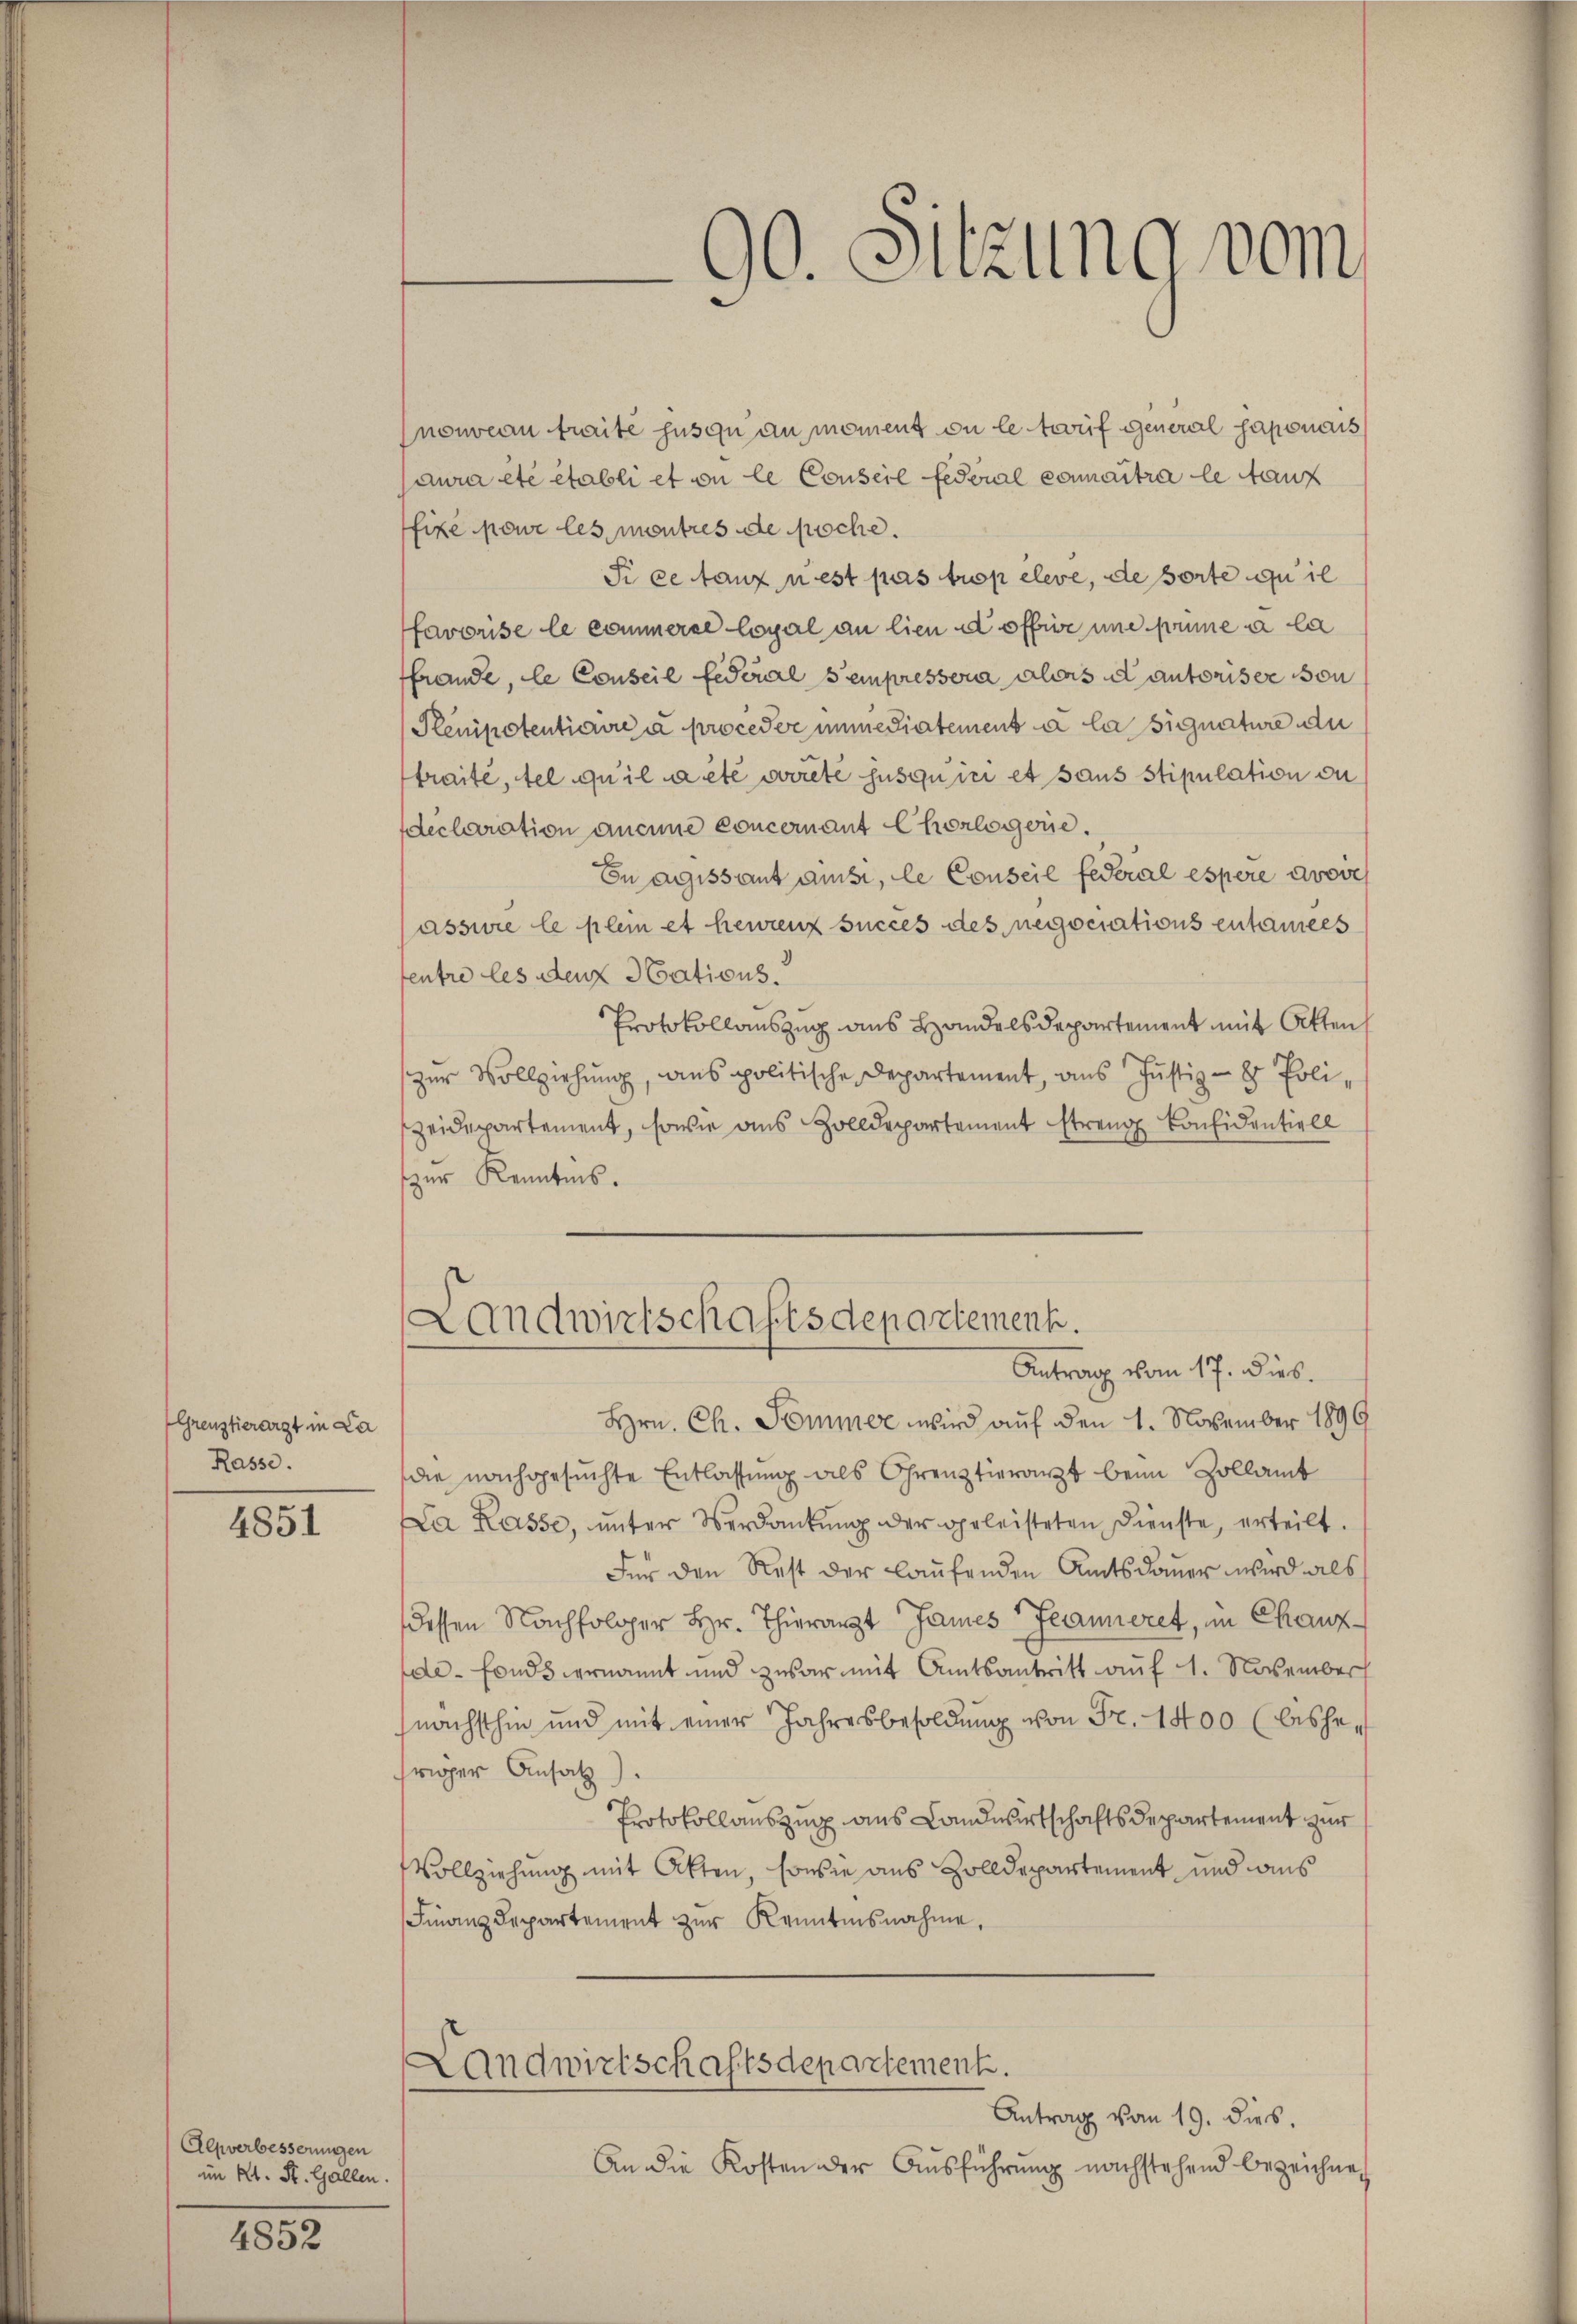
(Greuztierarzt in La
Rasse.
4851

Alpverbesserungen
im Kt. St. Gallen.
4852

90. Sitzung vom

nouveau traité jusqu au moment ou le trauf general saponais
aura été établi et ou le Conseil federal connaitra le tauf
fixe pare les mentres de poche.
Si ce tanz nest pas trop eleve, de sorte quil
favorise le commerce loyal an lien d office une peine a la
ffrande, le Conseil Federal sempressera abers autoriser son
Plenipotentiaire à proceder immediatement à la signature de
traite, tel qu’il a été arreté jusquiri et sans stipulation au
declaration aucune concernant Chorlogene.
Enaissant aus, le Conseil federal espere avoves
assure le plein et heurenz succes des negociations entanees
entre les den Nations
Protokollauszug aus Handels Departement mit Atten
zur Vollziehung, aus politische Departement, aus Justiz- & Polizeidepartement, sowie aus Zolldepartement streng Considentiell
zur Kenntnis.
Landwirtschaftsdepartement.
Antrag vom 17. Dieb.
Hrn. Ch. Sommer wird auf den 1. November 1896
die nachgesuchte Entlassung als Grenztierarzt beim Zollamt
Da Kasse, unter Verdankung der geleisteten Dienste, erteilt.
Für den Rest der laufenden Amtsdauer wird als
dessen Nachfolger Hr. Thierarzt James Fraueret, in Chanz
de-Fonds vernannt und zwar mit Amtsantritt auf 1. November
nächsthin und mit einer Jahresbesoldung von Fr. 1400 (bishefriger Ansatz).
Protokollauszug aus Landwirtschaftsdepartement zur
Vollziehung mit Atten, sowie aus Zolldepartement und aus
Finanzdepartement zŭr Kenntnisnahme,
Landwirtschaftsdepartement.
Antrag vom 19. dies.
An die Kosten der Ausführung nachstehend bezeichnet